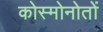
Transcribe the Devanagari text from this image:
कोस्मोनोतों